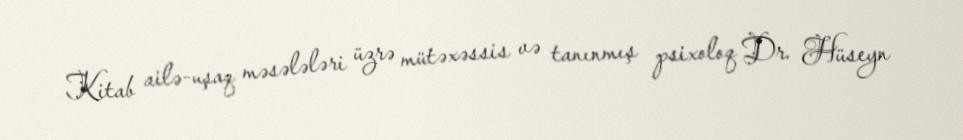
Kitab ailə-uşaq məsələləri üzrə mütəxəssis və tanınmış psixoloq Dr. Hüseyn